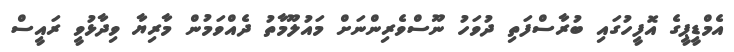
އެމްޑީޕީގެ އޮފީހުގައި ބުރާސްފަތި ދުވަހު ނޫސްވެރިންނަށް މައުލޫމާތު ދެއްވަމުން މާރިޔާ ވިދާޅުވީ ރައީސް